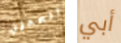
المحزن أبي